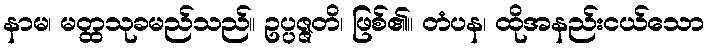
နာမ၊ မတ္ထသုခမည်သည်။ ဥပ္ပဇ္ဇတိ၊ ဖြစ်၏။ တံပန၊ ထိုအနည်းငယ်သော